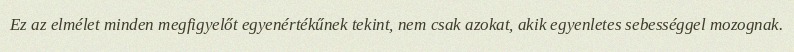
Ez az elmélet minden megfigyelőt egyenértékűnek tekint, nem csak azokat, akik egyenletes sebességgel mozognak.